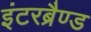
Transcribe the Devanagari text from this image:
इंटरब्रैण्ड